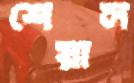
শেয়াল